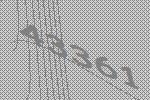
43361